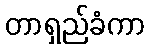
တာရှည်ခံကာ